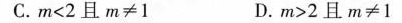
C.$$m < 2$$且$$m ≠ 1$$ D.$$m > 2$$且$$m ≠ 1$$